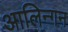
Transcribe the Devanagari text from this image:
आलिन्गन